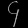
Digit: ၄